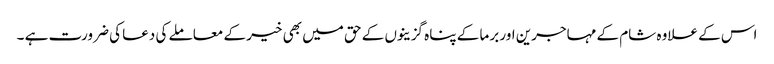
اس کے علاوہ شام کے مہاجرین اور برما کے پناہ گزینوں کے حق میں بھی خیر کے معاملے کی دعا کی ضرورت ہے ۔